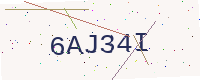
Text: 6AJ34I